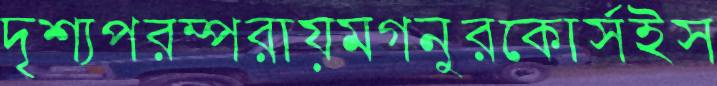
দৃশ্যপরম্পরায়মগনুরকোর্সইস